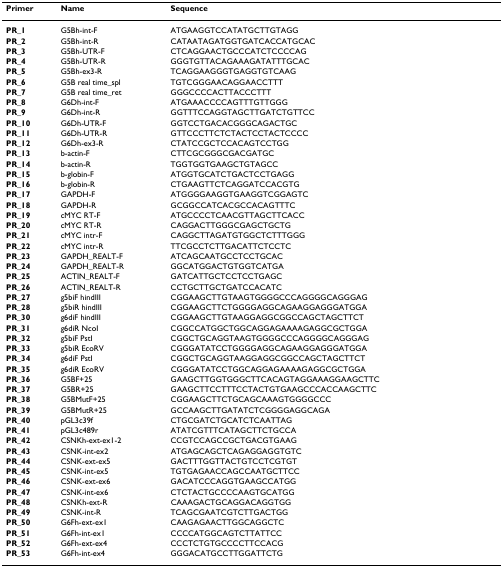
<table><thead><tr><td><b>Primer</b></td><td><b>Name</b></td><td><b>Sequence</b></td></tr></thead><tbody><tr><td><b>PR_1</b></td><td>G5Bh-int-F</td><td>ATGAAGGTCCATATGCTTGTAGG</td></tr><tr><td><b>PR_2</b></td><td>G5Bh-int-R</td><td>CATAATAGATGGTGATCACCATGCAC</td></tr><tr><td><b>PR_3</b></td><td>G5Bh-UTR-F</td><td>CTCAGGAACTGCCCATCTCCCCAG</td></tr><tr><td><b>PR_4</b></td><td>G5Bh-UTR-R</td><td>GGGTGTTACAGAAAGATATTTGCAC</td></tr><tr><td><b>PR_5</b></td><td>G5Bh-ex3-R</td><td>TCAGGAAGGGTGAGGTGTCAAG</td></tr><tr><td><b>PR_6</b></td><td>G5B real time_spl</td><td>TGTCGGGAACAGGAACCTTT</td></tr><tr><td><b>PR_7</b></td><td>G5B real time_ret</td><td>GGGCCCCACTTACCCTTT</td></tr><tr><td><b>PR_8</b></td><td>G6Dh-int-F</td><td>ATGAAACCCCAGTTTGTTGGG</td></tr><tr><td><b>PR_9</b></td><td>G6Dh-int-R</td><td>GGTTTCCAGGTAGCTTGATCTGTTCC</td></tr><tr><td><b>PR_10</b></td><td>G6Dh-UTR-F</td><td>GGTCCTGACACGGGCAGACTGC</td></tr><tr><td><b>PR_11</b></td><td>G6Dh-UTR-R</td><td>GTTCCCTTCTCTACTCCTACTCCCC</td></tr><tr><td><b>PR_12</b></td><td>G6Dh-ex3-R</td><td>CTATCCGCTCCACAGTCCTGG</td></tr><tr><td><b>PR_13</b></td><td>b-actin-F</td><td>CTTCGCGGGCGACGATGC</td></tr><tr><td><b>PR_14</b></td><td>b-actin-R</td><td>TGGTGGTGAAGCTGTAGCC</td></tr><tr><td><b>PR_15</b></td><td>b-globin-F</td><td>ATGGTGCATCTGACTCCTGAGG</td></tr><tr><td><b>PR_16</b></td><td>b-globin-R</td><td>CTGAAGTTCTCAGGATCCACGTG</td></tr><tr><td><b>PR_17</b></td><td>GAPDH-F</td><td>ATGGGGAAGGTGAAGGTCGGAGTC</td></tr><tr><td><b>PR_18</b></td><td>GAPDH-R</td><td>GCGGCCATCACGCCACAGTTTC</td></tr><tr><td><b>PR_19</b></td><td>cMYC RT-F</td><td>ATGCCCCTCAACGTTAGCTTCACC</td></tr><tr><td><b>PR_20</b></td><td>cMYC RT-R</td><td>CAGGACTTGGGCGAGCTGCTG</td></tr><tr><td><b>PR_21</b></td><td>cMYC intr-F</td><td>CAGGCTTAGATGTGGCTCTTTGGG</td></tr><tr><td><b>PR_22</b></td><td>cMYC intr-R</td><td>TTCGCCTCTTGACATTCTCCTC</td></tr><tr><td><b>PR_23</b></td><td>GAPDH_REALT-F</td><td>ATCAGCAATGCCTCCTGCAC</td></tr><tr><td><b>PR_24</b></td><td>GAPDH_REALT-R</td><td>GGCATGGACTGTGGTCATGA</td></tr><tr><td><b>PR_25</b></td><td>ACTIN_REALT-F</td><td>GATCATTGCTCCTCCTGAGC</td></tr><tr><td><b>PR_26</b></td><td>ACTIN_REALT-R</td><td>CCTGCTTGCTGATCCACATC</td></tr><tr><td><b>PR_27</b></td><td>g5biF hindIII</td><td>CGGAAGCTTGTAAGTGGGGCCCAGGGGCAGGGAG</td></tr><tr><td><b>PR_28</b></td><td>g5biR hindIII</td><td>CGGAAGCTTCTGGGGAGGCAGAAGGAGGGATGGA</td></tr><tr><td><b>PR_30</b></td><td>g6diF hindIII</td><td>CGGAAGCTTGTAAGGAGGCGGCCAGCTAGCTTCT</td></tr><tr><td><b>PR_31</b></td><td>g6diR NcoI</td><td>CGGCCATGGCTGGCAGGAGAAAAGAGGCGCTGGA</td></tr><tr><td><b>PR_32</b></td><td>g5biF PstI</td><td>CGGCTGCAGGTAAGTGGGGCCCAGGGGCAGGGAG</td></tr><tr><td><b>PR_33</b></td><td>g5biR EcoRV</td><td>CGGGATATCCTGGGGAGGCAGAAGGAGGGATGGA</td></tr><tr><td><b>PR_34</b></td><td>g6diF PstI</td><td>CGGCTGCAGGTAAGGAGGCGGCCAGCTAGCTTCT</td></tr><tr><td><b>PR_35</b></td><td>g6diR EcoRV</td><td>CGGGATATCCTGGCAGGAGAAAAGAGGCGCTGGA</td></tr><tr><td><b>PR_36</b></td><td>G5BF+25</td><td>GAAGCTTGGTGGGCTTCACAGTAGGAAAGGAAGCTTC</td></tr><tr><td><b>PR_37</b></td><td>G5BR+25</td><td>GAAGCTTCCTTTCCTACTGTGAAGCCCACCAAGCTTC</td></tr><tr><td><b>PR_38</b></td><td>G5BMutF+25</td><td>CGGAAGCTTCTGCAGCAAAGTGGGGCCC</td></tr><tr><td><b>PR_39</b></td><td>G5BMutR+25</td><td>GCCAAGCTTGATATCTCGGGGAGGCAGA</td></tr><tr><td><b>PR_40</b></td><td>pGL3c39f</td><td>CTGCGATCTGCATCTCAATTAG</td></tr><tr><td><b>PR_41</b></td><td>pGL3c489r</td><td>ATATCGTTTCATAGCTTCTGCCA</td></tr><tr><td><b>PR_42</b></td><td>CSNKh-ext-ex1-2</td><td>CCGTCCAGCCGCTGACGTGAAG</td></tr><tr><td><b>PR_43</b></td><td>CSNK-int-ex2</td><td>ATGAGCAGCTCAGAGGAGGTGTC</td></tr><tr><td><b>PR_44</b></td><td>CSNK-ext-ex5</td><td>GACTTTGGTTACTGTCCTCGTGT</td></tr><tr><td><b>PR_45</b></td><td>CSNK-int-ex5</td><td>TGTGAGAACCAGCCAATGCTTCC</td></tr><tr><td><b>PR_46</b></td><td>CSNK-ext-ex6</td><td>GACATCCCAGGTGAAGCCATGG</td></tr><tr><td><b>PR_47</b></td><td>CSNK-int-ex6</td><td>CTCTACTGCCCCAAGTGCATGG</td></tr><tr><td><b>PR_48</b></td><td>CSNKh-ext-R</td><td>CAAAGACTGCAGGACAGGTGG</td></tr><tr><td><b>PR_49</b></td><td>CSNK-int-R</td><td>TCAGCGAATCGTCTTGACTGG</td></tr><tr><td><b>PR_50</b></td><td>G6Fh-ext-ex1</td><td>CAAGAGAACTTGGCAGGCTC</td></tr><tr><td><b>PR_51</b></td><td>G6Fh-int-ex1</td><td>CCCCATGGCAGTCTTATTCC</td></tr><tr><td><b>PR_52</b></td><td>G6Fh-ext-ex4</td><td>CCCTCTGTGCCCCTTCCACG</td></tr><tr><td><b>PR_53</b></td><td>G6Fh-int-ex4</td><td>GGGACATGCCTTGGATTCTG</td></tr></tbody></table>